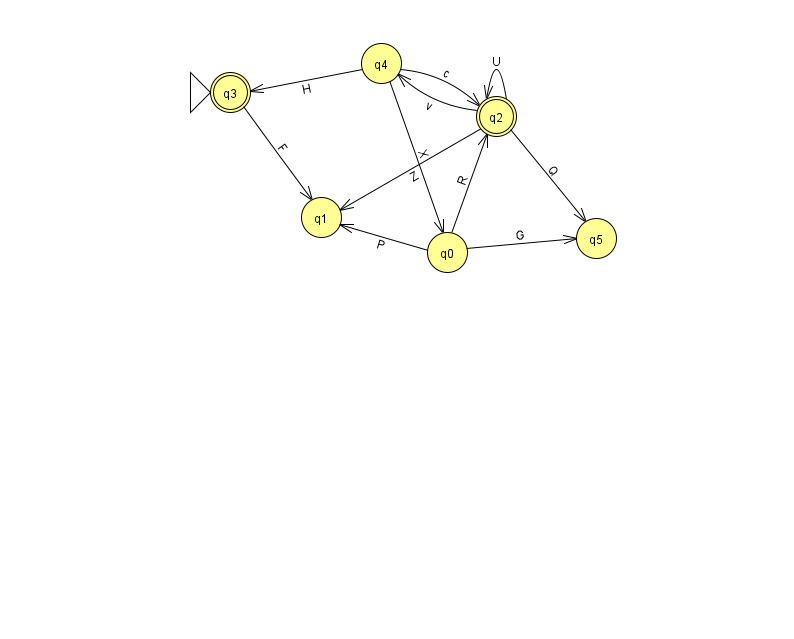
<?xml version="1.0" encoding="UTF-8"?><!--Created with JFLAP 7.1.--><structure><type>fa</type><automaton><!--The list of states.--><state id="0" name="q0"><x>447.0</x><y>239.0</y></state><state id="1" name="q1"><x>321.0</x><y>204.0</y></state><state id="2" name="q2"><x>496.0</x><y>103.0</y><final/></state><state id="3" name="q3"><x>230.0</x><y>79.0</y><initial/><final/></state><state id="4" name="q4"><x>381.0</x><y>50.0</y></state><state id="5" name="q5"><x>596.0</x><y>225.0</y></state><!--The list of transitions.--><transition><from>3</from><to>1</to><read>F</read></transition><transition><from>0</from><to>1</to><read>P</read></transition><transition><from>2</from><to>4</to><read>v</read></transition><transition><from>0</from><to>2</to><read>R</read></transition><transition><from>2</from><to>2</to><read>U</read></transition><transition><from>4</from><to>2</to><read>c</read></transition><transition><from>4</from><to>0</to><read>X</read></transition><transition><from>2</from><to>1</to><read>Z</read></transition><transition><from>2</from><to>5</to><read>Q</read></transition><transition><from>0</from><to>5</to><read>G</read></transition><transition><from>4</from><to>3</to><read>H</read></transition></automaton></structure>